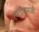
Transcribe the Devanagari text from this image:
हातीरामजी